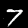
Digit: 7